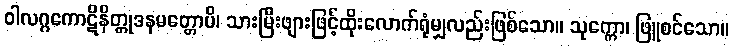
ဝါလဂ္ဂကောဋိနိတ္တုဒနမတ္တောပိ၊ သားမြီးဖျားဖြင့်ထိုးလောက်ရုံမျှလည်းဖြစ်သော။ သုက္ကော၊ ဖြူစင်သော။